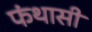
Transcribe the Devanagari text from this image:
फंथासी